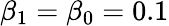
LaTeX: \beta_{1}=\beta_{0}=0.1